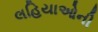
લહિયાઓની